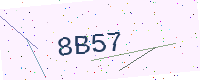
Text: 8B57